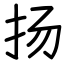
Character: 扬